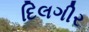
દિલગીર